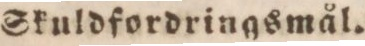
Skuldfordringsmål.